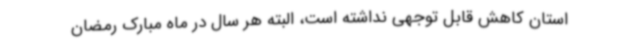
استان کاهش قابل توجهی نداشته است، البته هر سال در ماه مبارک رمضان